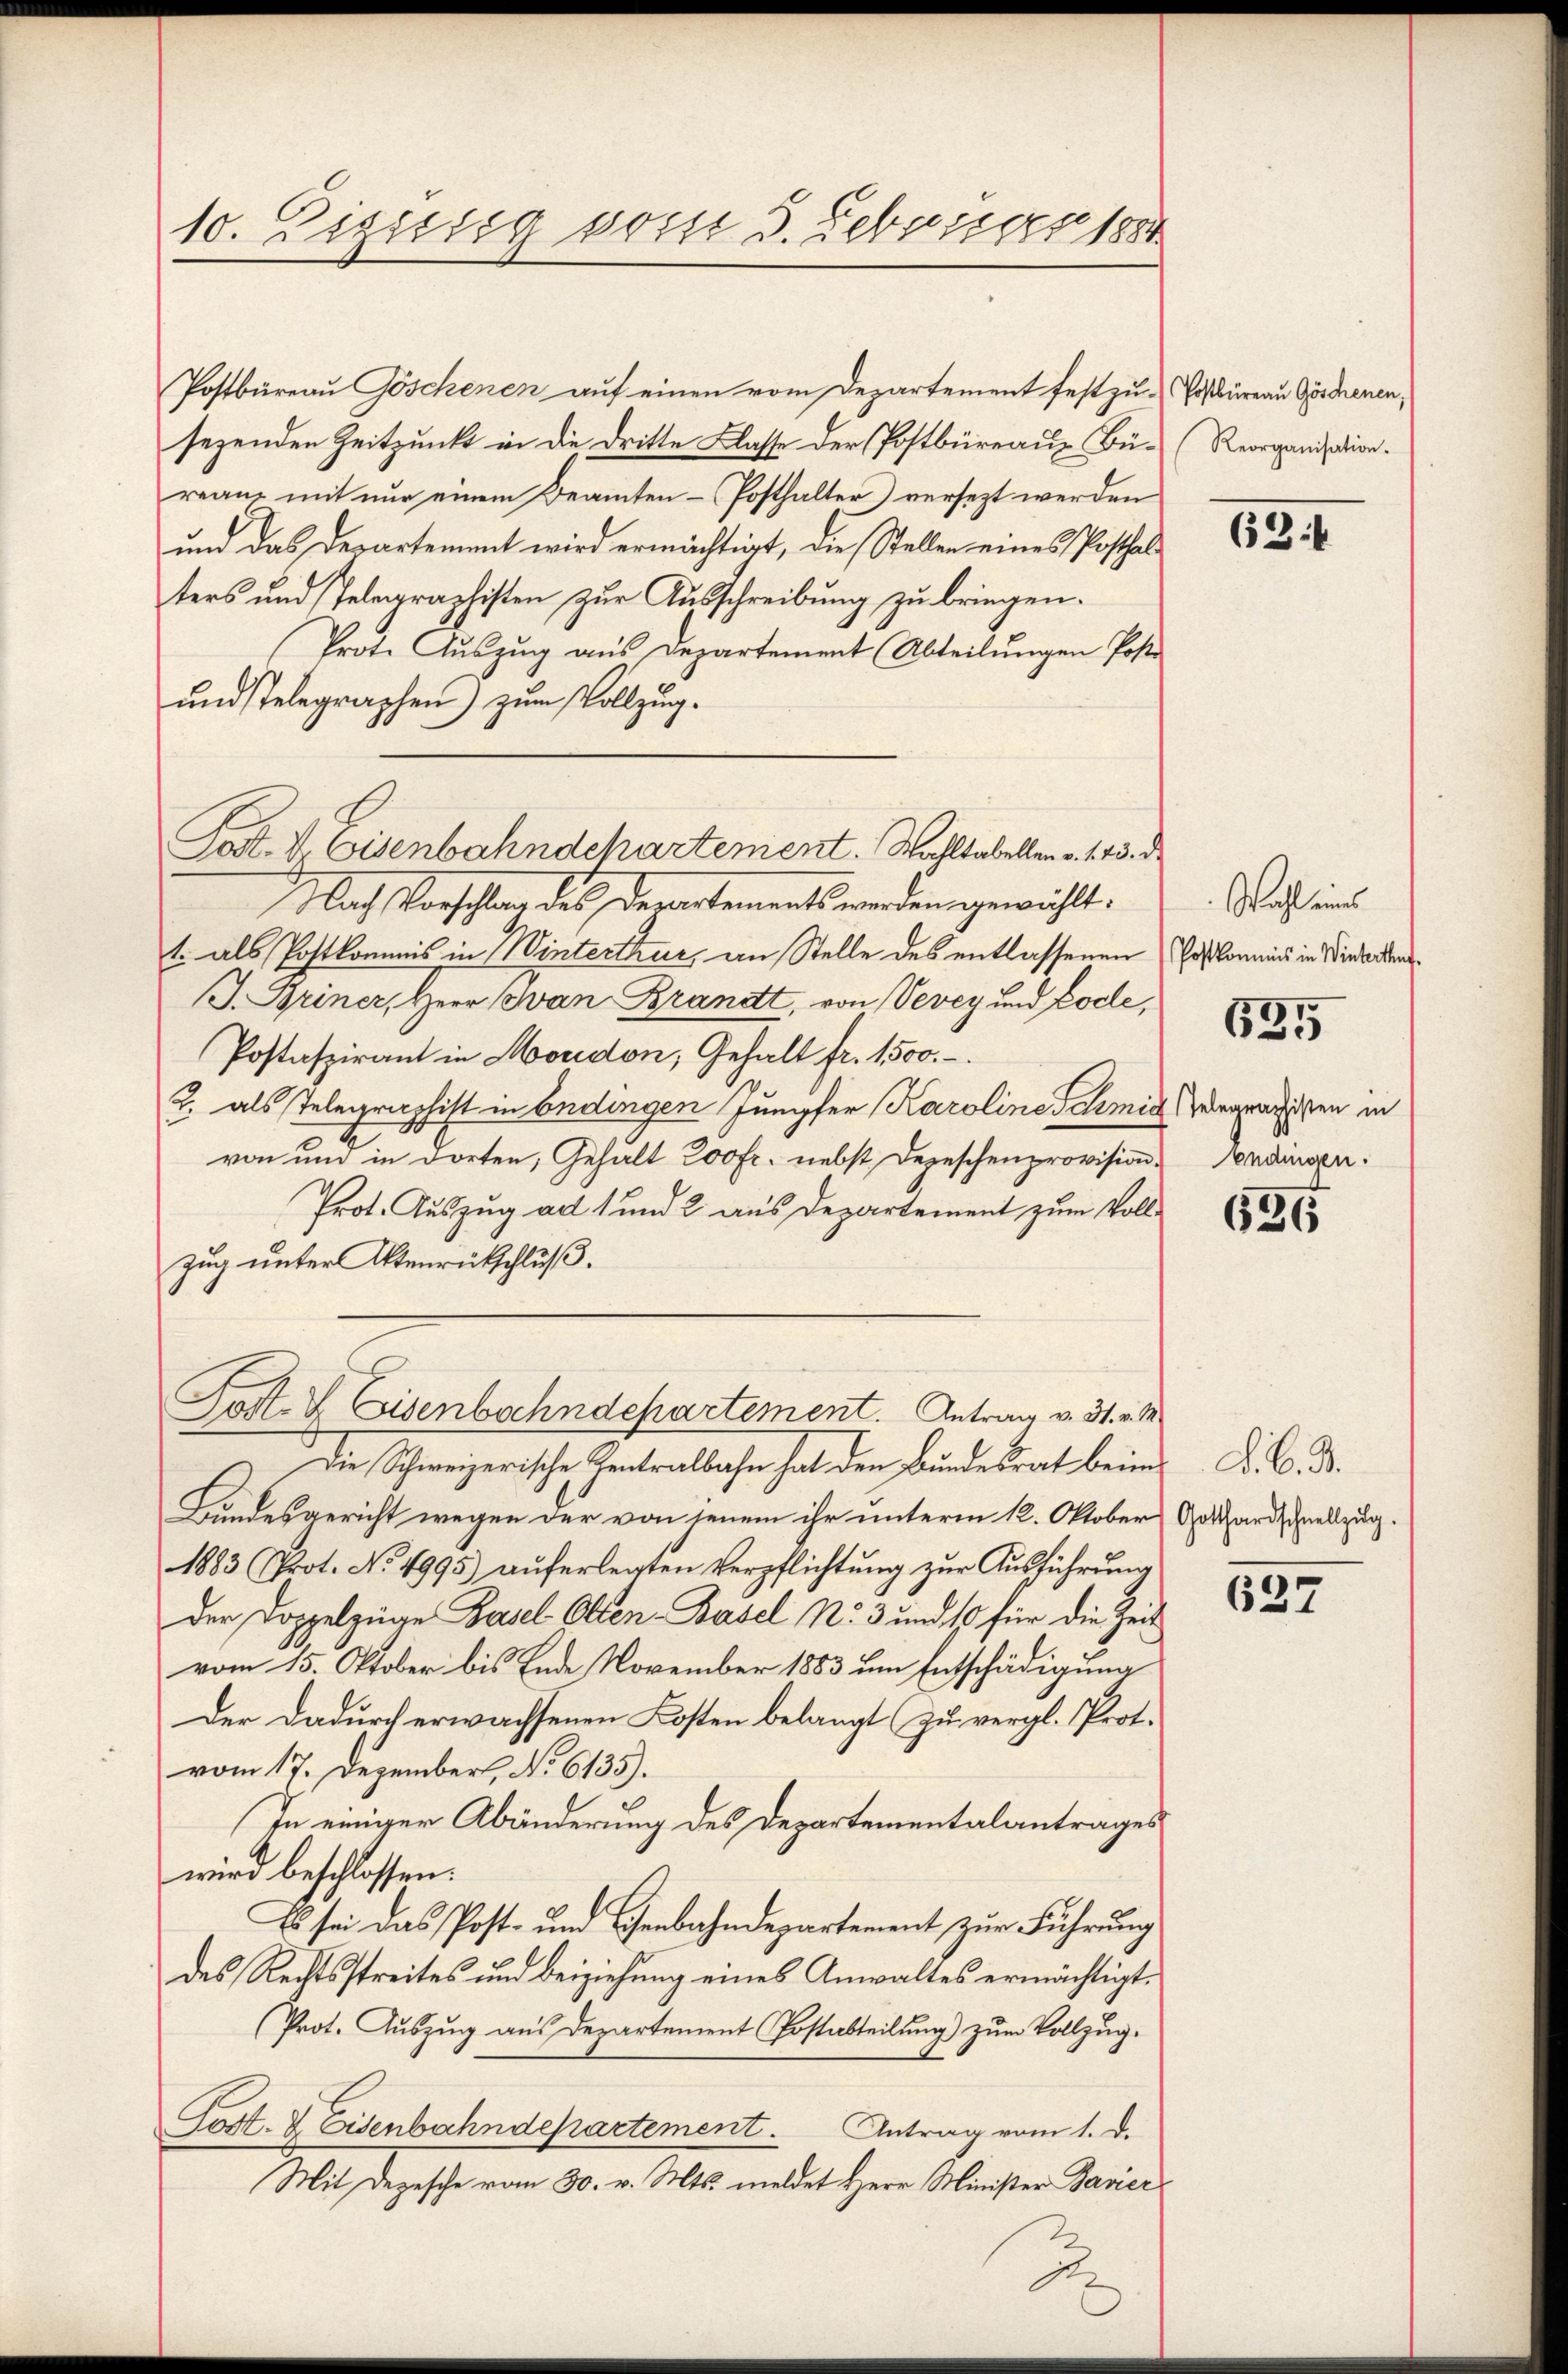
10. Zigisig vom 3. Febuisser 1884

Postbüreau Göschenen auf einen vom Departement festzu-Postbüreau Göstrenen,
sezenden Zeitpunkt in die dritte Classe der Postbüreau, Bü- (Reorganisation.
reanz mit nur einem Beamten-Posthalter versezt werden
und das Departement wird ermächtigt, die Stellen eines Posthal
ters und Telegraphisten zur Ausschreibung zu bringen.
Prot. Aŭszŭg aŭs Departement (Abteilŭngen Poste
und stelegraphen) zum Vollzug.
Nach Vorschlag des Departements werden gewählt.
t. als Postkommis in Winterthur, an Stelle des entlassenen Poßkommnis in Niederdiens
J. Briner, Herr Ivan Brandt, von Vevey und Pode,
Postaspirant in Moudon, Gehalt fr. 1500.-.
J. als Telegraphist in Endingen Jungfer Karoline Schmid vergnädigsten in
von und in dorten, Gehalt 200 fr. nebst Depeschenprovision Sendinsen
Prot. Auszug ad 1 und 2 aus Departement zum Vollzug unter Atenrückschluß.
Post- & Eisenbahndepartement. Antrag v. 31. v. M
Die Schweizerische Zentralbahn hat den Bundesrat beim
Bundesgericht wegen der von jenem ihr unterm 12. Oktober
1883 Prot. No. 4995) aŭferlegten Verpflichtŭng zŭr Aŭsführŭng
Der Doppelzüge Basel Olten-Basel No 3 und 10 für die Zeit
vom 15. Oktober bis Ende November 1883 um Entschädigung
Der dadurch erwachsenen Kosten belangt (zu vergl. Prot.
vom 17. Dezember, No 6135).
In einiger Abänderung des Departementalantrages
wird beschlossen:
Es sei das Post- und Genbahndepartement zur Führung
des Rechtsstreites und Beiziehung eines Anwaltes ermächtigt.
(Prot. Auszug aus Departement Postabteilung) zum Vollzug.
Post. V. Eisenbahndepartement. Antrag vom 1. d.
Mit Depesche vom 30. v. Mts. meldet Herr Minister Javier

Post. V Eisenbahndchartement. Wahltabellen v. 143. d.

63.

Wahl eines

635

636

F. B. J.
Gotthardschnellzug.

627